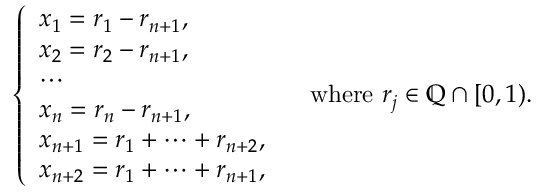
\begin{array} { r } { \left\{ \begin{array} { l l } { x _ { 1 } = r _ { 1 } - r _ { n + 1 } , } \\ { x _ { 2 } = r _ { 2 } - r _ { n + 1 } , } \\ { \cdots } \\ { x _ { n } = r _ { n } - r _ { n + 1 } , } \\ { x _ { n + 1 } = r _ { 1 } + \cdots + r _ { n + 2 } , } \\ { x _ { n + 2 } = r _ { 1 } + \cdots + r _ { n + 1 } , } \end{array} \right. \quad \mathrm { w h e r e } \ r _ { j } \in \mathbb { Q } \cap [ 0 , 1 ) . } \end{array}